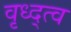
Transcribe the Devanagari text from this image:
वृध्द्त्व